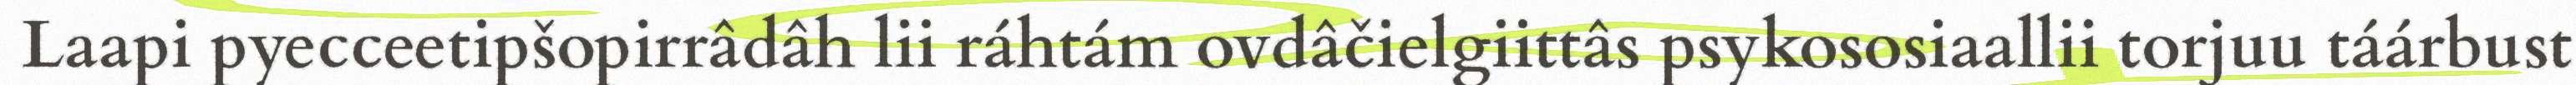
Laapi pyecceetipšopirrâdâh lii ráhtám ovdâčielgiittâs psykososiaallii torjuu táárbust